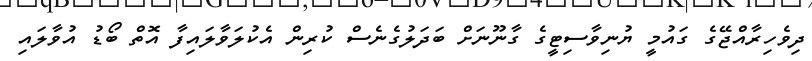
ދިވެހިރާއްޖޭގެ ގައުމީ ޔުނިވާސިޓީގެ ގާނޫނަށް ބަދަލުގެނެސް ކުރިން އެކުލަވާލައިފާ އޮތް ބޯޑު އުވާލައި